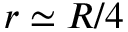
r \simeq R / 4